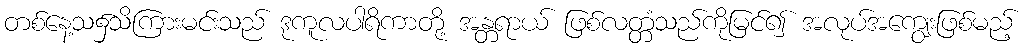
တစ်နေ့သ၌သိကြားမင်းသည် ဒုကူလပါရိကာတို့ အန္တရာယ် ဖြစ်လတ္တံသည်ကိုမြင်၍ အလုပ်အကျွေးဖြစ်မည့်